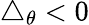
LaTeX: \triangle_{\theta}<0